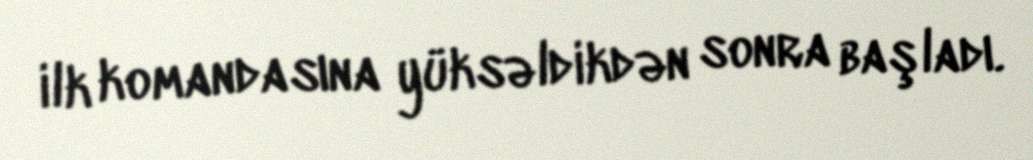
ilk komandasına yüksəldikdən sonra başladı.